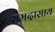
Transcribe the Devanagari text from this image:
रामदासाय